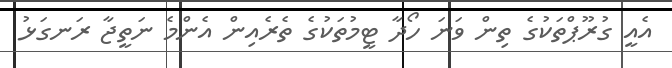
އެއީ ގުރޫޕްތަކުގެ ތިން ވަނަ ހޯދާ ޓީމުތަކުގެ ތެރެއިން އެންމެ ނަތީޖާ ރަނގަޅު